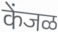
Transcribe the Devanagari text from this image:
केंजळ